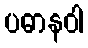
ပဓာနဝါ